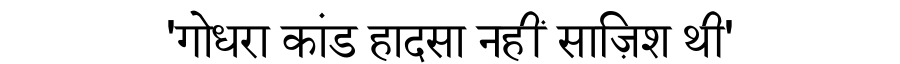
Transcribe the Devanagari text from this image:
'गोधरा कांड हादसा नहीं साज़िश थी'